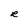
Character: R